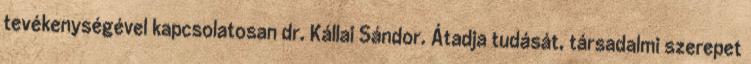
tevékenységével kapcsolatosan dr. Kállai Sándor. Átadja tudását, társadalmi szerepet